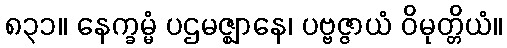
၈၃၁။ နေက္ခမ္မံ ပဌမဇ္ဈာနေ၊ ပဗ္ဗဇ္ဇာယံ ဝိမုတ္တိယံ။